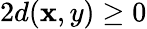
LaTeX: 2d(\mathbf{x},y)\geq0